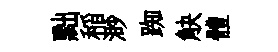
黜稲渺踟觖體